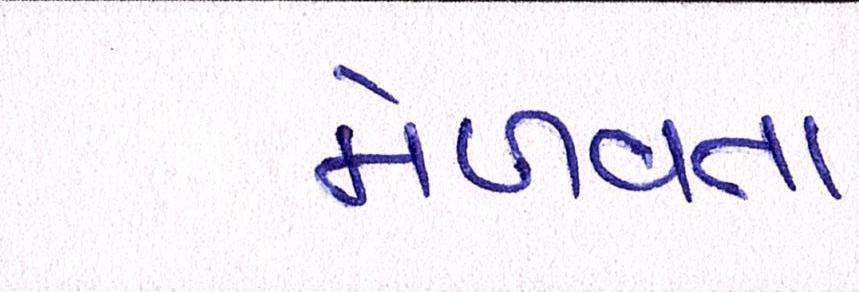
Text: મેળવતા